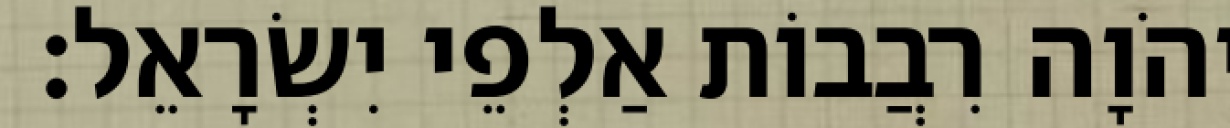
יְהֹוָה רִבֲבוֹת אַלְפֵי יִשְׂרָאֵל׃